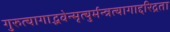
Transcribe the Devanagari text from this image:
गुरुत्यागाद्भवेन्मृत्युर्मन्त्रत्यागाद्दरिद्रता